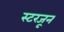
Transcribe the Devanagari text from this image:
स्टरजून